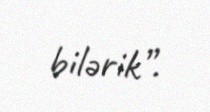
bilərik”.